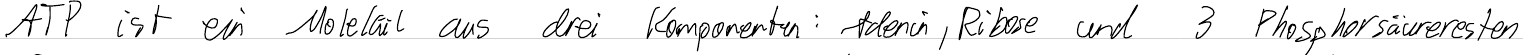
ATP ist ein Molekül aus drei Komponenten: Adenin, Ribose und 3 Phosphorsäureresten